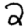
Digit: 2